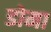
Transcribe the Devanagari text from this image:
डोमा